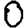
Digit: 0